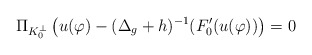
\begin{align*}\Pi_{K_0^\perp}\left(u(\varphi)-(\Delta_g+h)^{-1}(F_0'(u(\varphi))\right)=0\end{align*}